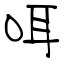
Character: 咡